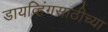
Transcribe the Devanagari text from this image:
डायव्हिंगसाठीच्या